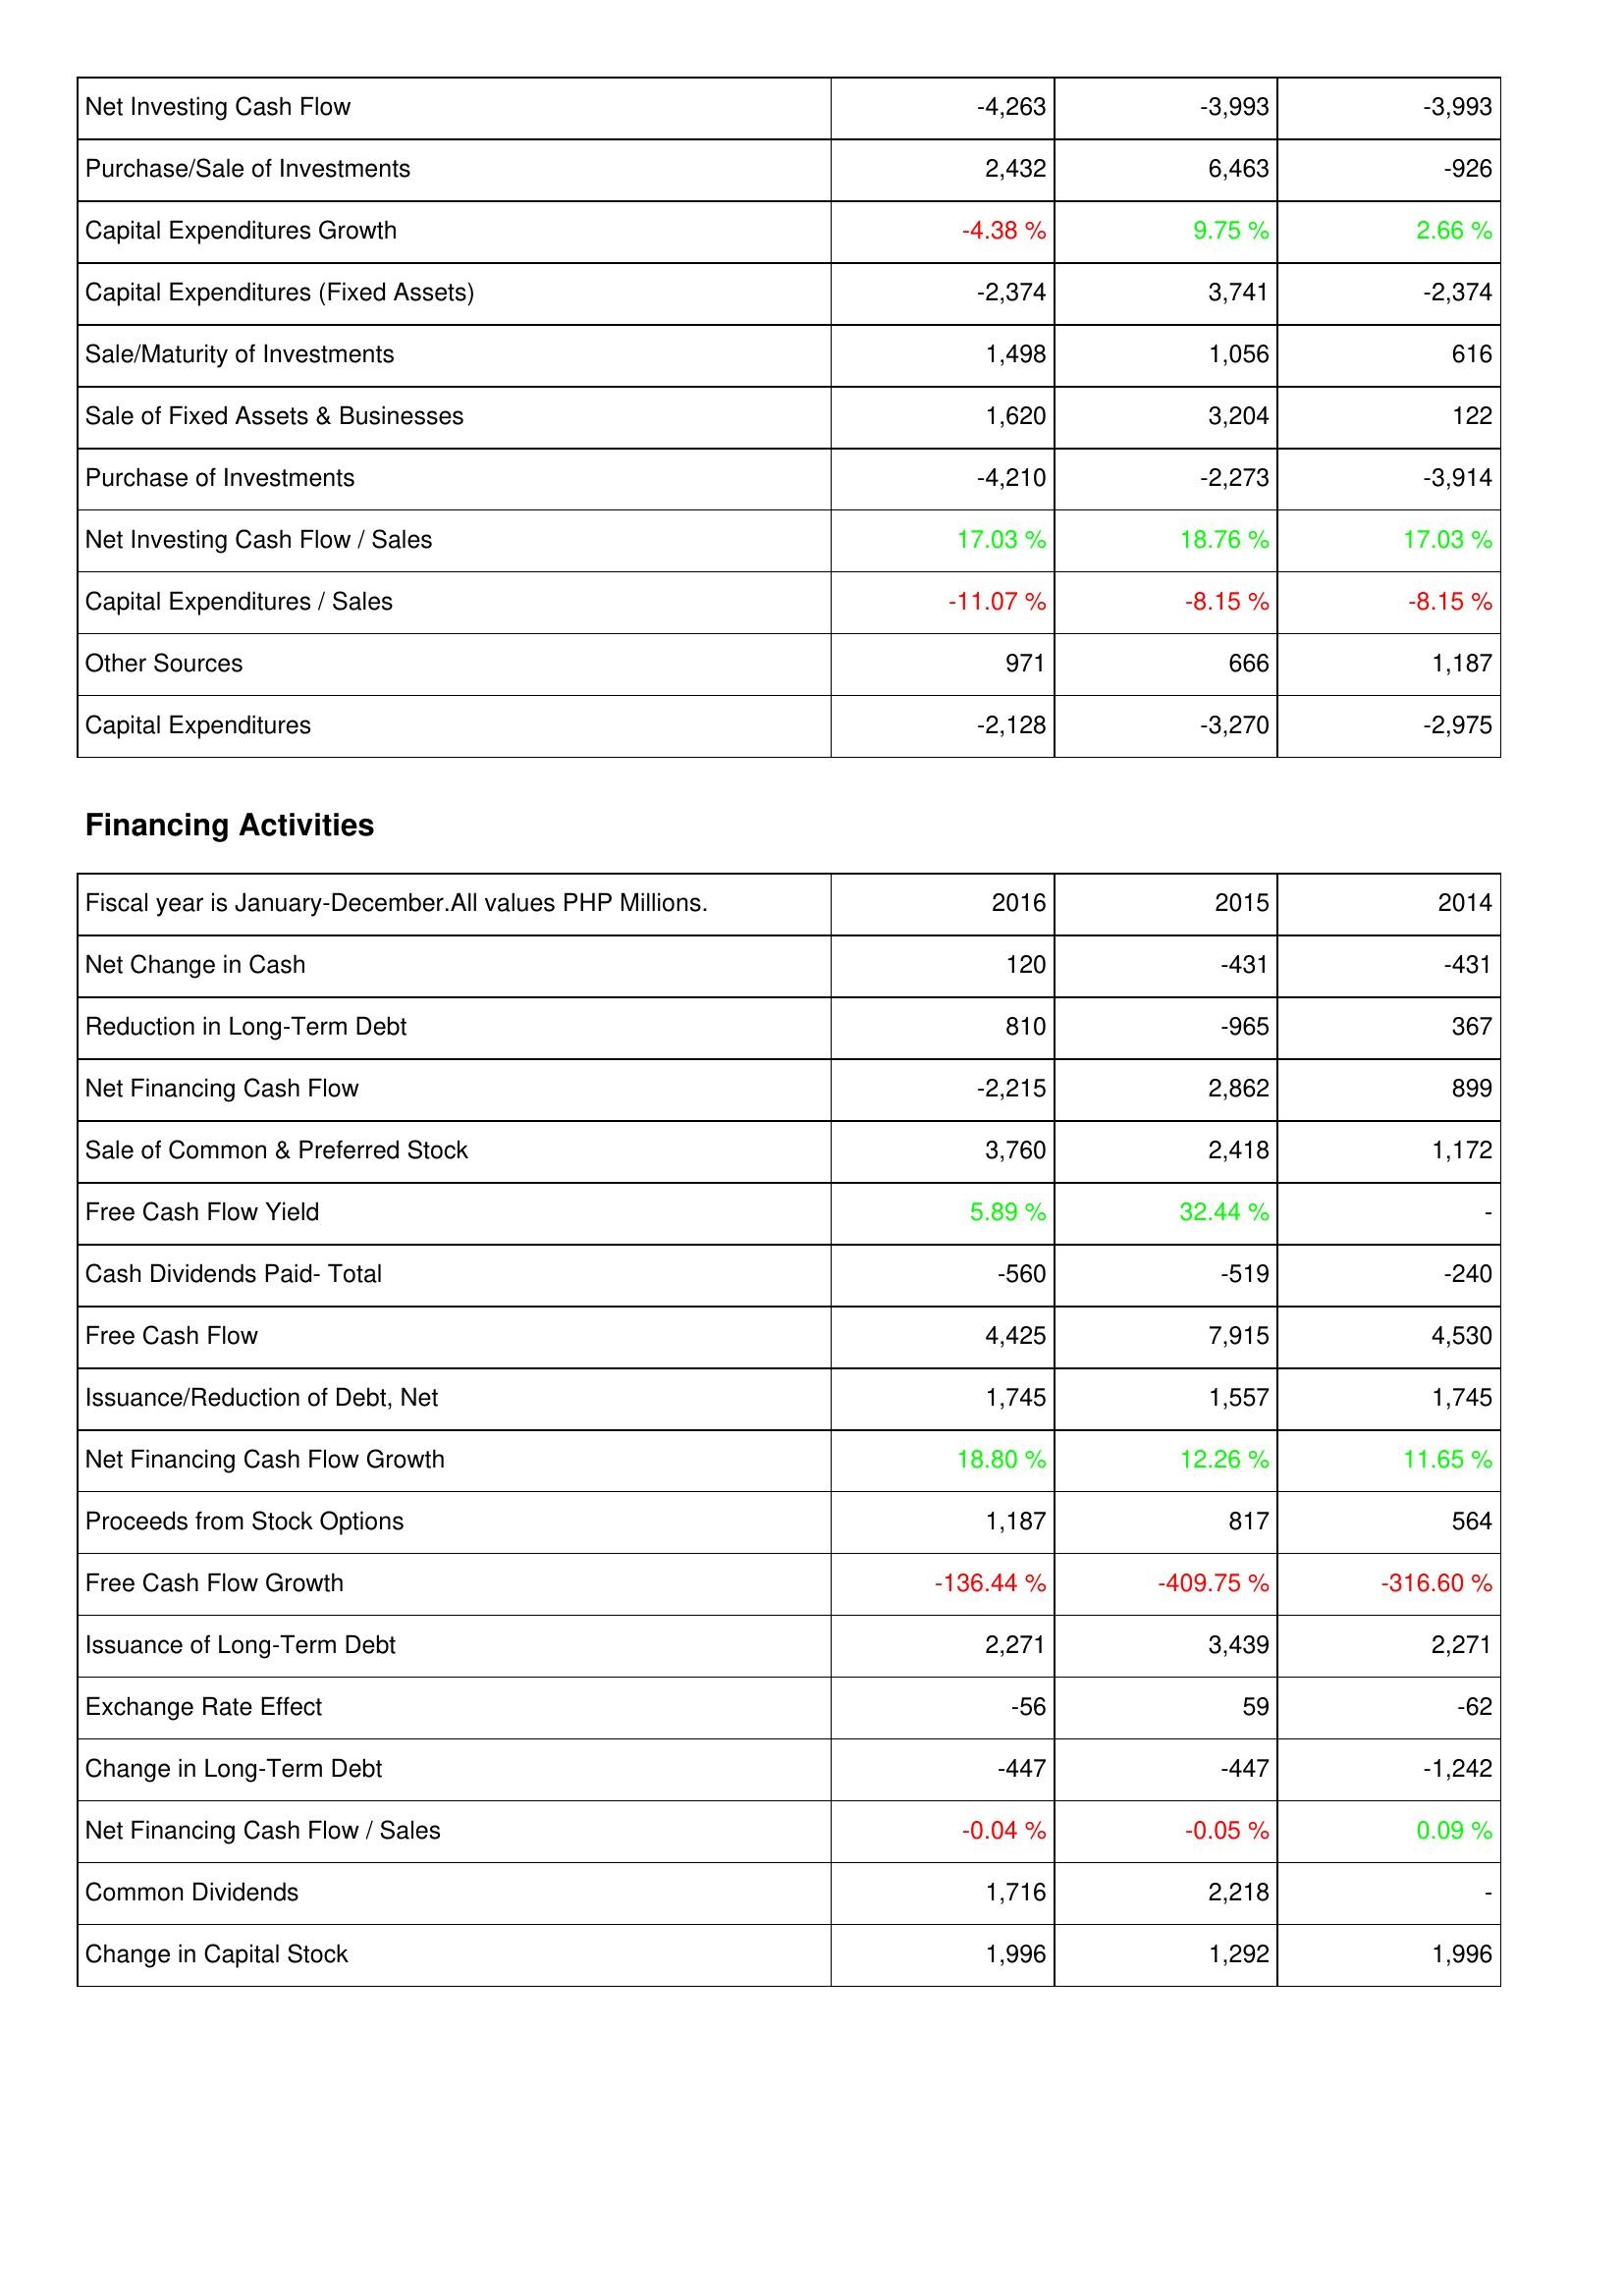
2016: Investing Activities: Net Investing Cash Flow: -4,263
Purchase/Sale of Investments: 2,432
Capital Expenditures Growth: -4.38 %
Capital Expenditures (Fixed Assets): -2,374
Sale/Maturity of Investments: 1,498
Sale of Fixed Assets & Businesses: 1,620
Purchase of Investments: -4,210
Net Investing Cash Flow / Sales: 17.03 %
Capital Expenditures / Sales: -11.07 %
Other Sources: 971
Capital Expenditures: -2,128
Financing Activities: Net Change in Cash: 120
Reduction in Long-Term Debt: 810
Net Financing Cash Flow: -2,215
Sale of Common & Preferred Stock: 3,760
Free Cash Flow Yield: 5.89 %
Cash Dividends Paid- Total: -560
Free Cash Flow: 4,425
Issuance/Reduction of Debt, Net: 1,745
Net Financing Cash Flow Growth: 18.80 %
Proceeds from Stock Options: 1,187
Free Cash Flow Growth: -136.44 %
Issuance of Long-Term Debt: 2,271
Exchange Rate Effect: -56
Change in Long-Term Debt: -447
Net Financing Cash Flow / Sales: -0.04 %
Common Dividends: 1,716
Change in Capital Stock: 1,996
2015: Investing Activities: Net Investing Cash Flow: -3,993
Purchase/Sale of Investments: 6,463
Capital Expenditures Growth: 9.75 %
Capital Expenditures (Fixed Assets): 3,741
Sale/Maturity of Investments: 1,056
Sale of Fixed Assets & Businesses: 3,204
Purchase of Investments: -2,273
Net Investing Cash Flow / Sales: 18.76 %
Capital Expenditures / Sales: -8.15 %
Other Sources: 666
Capital Expenditures: -3,270
Financing Activities: Net Change in Cash: -431
Reduction in Long-Term Debt: -965
Net Financing Cash Flow: 2,862
Sale of Common & Preferred Stock: 2,418
Free Cash Flow Yield: 32.44 %
Cash Dividends Paid- Total: -519
Free Cash Flow: 7,915
Issuance/Reduction of Debt, Net: 1,557
Net Financing Cash Flow Growth: 12.26 %
Proceeds from Stock Options: 817
Free Cash Flow Growth: -409.75 %
Issuance of Long-Term Debt: 3,439
Exchange Rate Effect: 59
Change in Long-Term Debt: -447
Net Financing Cash Flow / Sales: -0.05 %
Common Dividends: 2,218
Change in Capital Stock: 1,292
2014: Investing Activities: Net Investing Cash Flow: -3,993
Purchase/Sale of Investments: -926
Capital Expenditures Growth: 2.66 %
Capital Expenditures (Fixed Assets): -2,374
Sale/Maturity of Investments: 616
Sale of Fixed Assets & Businesses: 122
Purchase of Investments: -3,914
Net Investing Cash Flow / Sales: 17.03 %
Capital Expenditures / Sales: -8.15 %
Other Sources: 1,187
Capital Expenditures: -2,975
Financing Activities: Net Change in Cash: -431
Reduction in Long-Term Debt: 367
Net Financing Cash Flow: 899
Sale of Common & Preferred Stock: 1,172
Free Cash Flow Yield: -
Cash Dividends Paid- Total: -240
Free Cash Flow: 4,530
Issuance/Reduction of Debt, Net: 1,745
Net Financing Cash Flow Growth: 11.65 %
Proceeds from Stock Options: 564
Free Cash Flow Growth: -316.60 %
Issuance of Long-Term Debt: 2,271
Exchange Rate Effect: -62
Change in Long-Term Debt: -1,242
Net Financing Cash Flow / Sales: 0.09 %
Common Dividends: -
Change in Capital Stock: 1,996